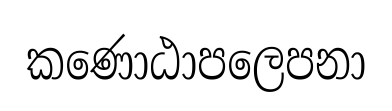
කණොඨාපලෙපනා